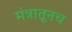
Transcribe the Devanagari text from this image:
मंत्रातूनच